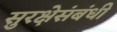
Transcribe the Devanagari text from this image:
सुरक्षेसंबंधी